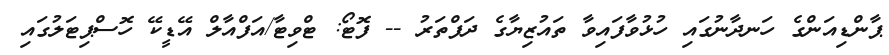
ޕާންޑިއަންގެ ހަނދާނުގައި ހުޅުވާފައިވާ ތައުޒިޔާގެ ދަފްތަރު -- ފޮޓޯ: ޓްވިޓާ/އަފްއާލް އޭޑީކޭ ހޮސްޕިޓަލުގައި